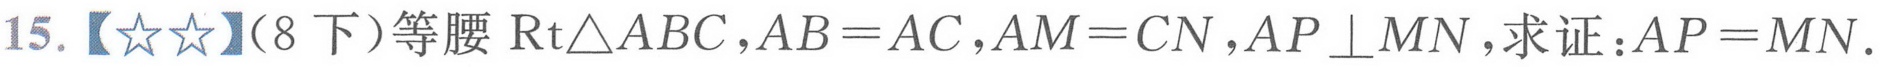
15.【★★】（8下）等腰\(\text{Rt}\triangle ABC\)，\(AB = AC\)，\(AM = CN\)，\(AP\perp MN\)，求证：\(AP = MN\).